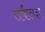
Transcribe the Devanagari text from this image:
तर्कतज्ञ